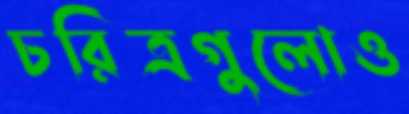
চরিত্রগুলোও